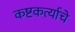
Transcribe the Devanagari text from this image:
कष्टकर्त्याचे